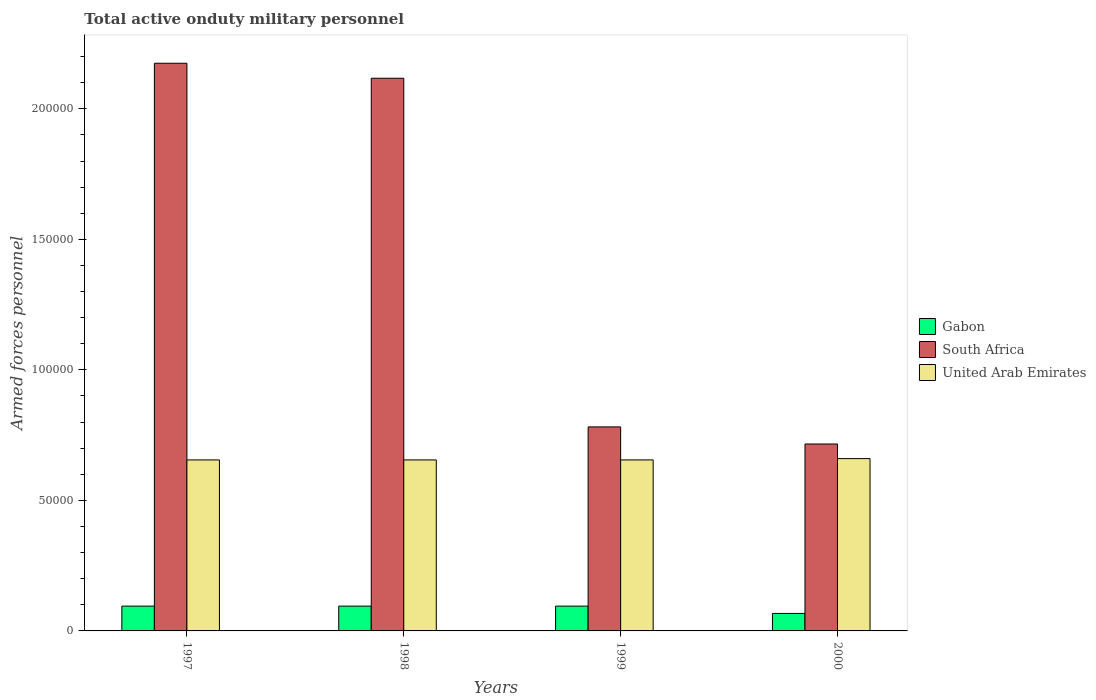
| Years | Gabon | South Africa | United Arab Emirates |
 | --- | --- | --- | --- |
 | 1997 | 9.5e+03 | 2.17e+05 | 6.55e+04 |
 | 1998 | 9.5e+03 | 2.12e+05 | 6.55e+04 |
 | 1999 | 9.5e+03 | 7.82e+04 | 6.55e+04 |
 | 2000 | 6.7e+03 | 7.16e+04 | 6.6e+04 |